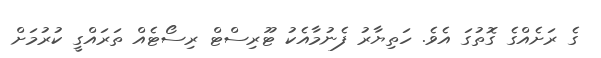
ގެ ރަށެއްގެ ގޮތުގަ އެވެ. ހަތިޔާރު ފެނުމާއެކު ޓޫރިސްޓް ރިސޯޓެއް ތަރައްގީ ކުރުމަށް